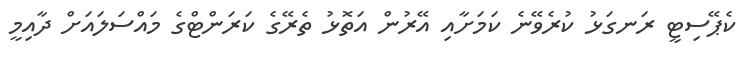
ކެޕޭސިޓީ ރަނގަޅު ކުރެވޭނެ ކަމަށާއި އޭރުން އަތޮޅު ތެރޭގެ ކަރަންޓްގެ މައްސަލައަށް ދާއިމީ